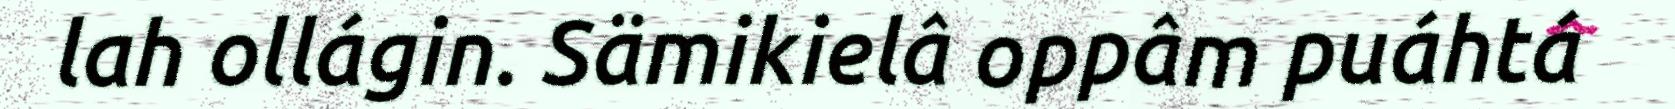
lah ollágin. Sämikielâ oppâm puáhtá